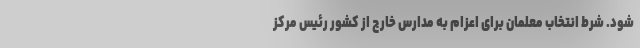
شود. شرط انتخاب معلمان برای اعزام به مدارس خارج از کشور رئیس مرکز